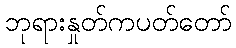
ဘုရားနှုတ်ကပတ်တော်